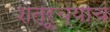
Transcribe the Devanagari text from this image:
शत्रूच्याच